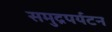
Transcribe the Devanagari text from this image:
समुद्रपर्यटन